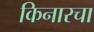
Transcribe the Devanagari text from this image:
किनारचा